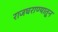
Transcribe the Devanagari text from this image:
राजघराण्यातून